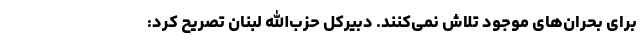
برای بحران‌های موجود تلاش نمی‌کنند. دبیرکل حزب‌الله لبنان تصریح کرد: